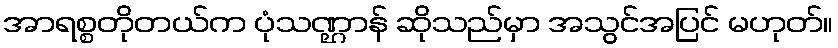
အာရစ္စတိုတယ်က ပုံသဏ္ဌာန် ဆိုသည်မှာ အသွင်အပြင် မဟုတ်။